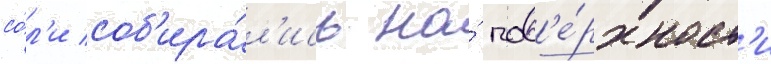
со́л'и соб'ира́л'ись на́ пов'е́рхност'и